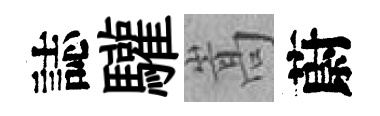
誌驩嵩蔚